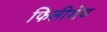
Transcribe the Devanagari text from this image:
फिलीशेव